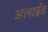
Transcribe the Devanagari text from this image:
अलाईड